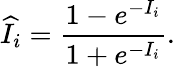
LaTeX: \widehat{I}_{i}=\frac{1-e^{-I_{i}}}{1+e^{-I_{i}}}.